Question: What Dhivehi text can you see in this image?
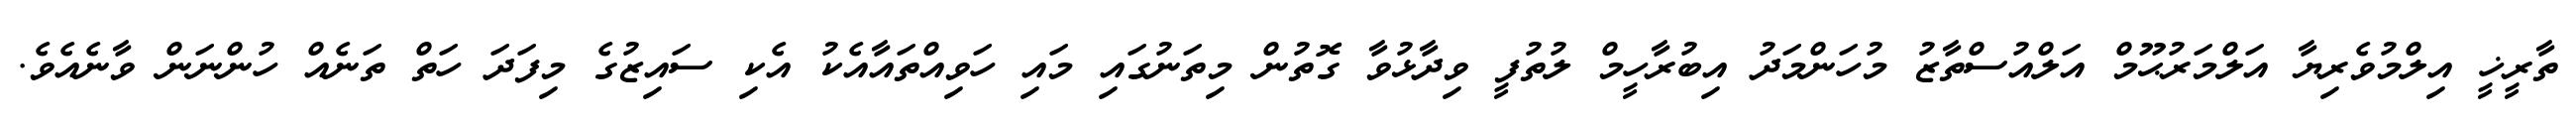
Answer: ތާރީޚީ އިލްމުވެރިޔާ އަލްމަރުޙޫމް އަލްއުސްތާޒު މުހަންމަދު އިބުރާހީމް ލުތުފީ ވިދާޅުވާ ގޮތުން މިތަނުގައި މައި ހަވިއްތައާއެކު އެކި ސައިޒުގެ މިފަދަ ހަތް ތަނެއް ހުންނަން ވާނެއެވެ.